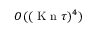
O ( ( \ensuremath { \mathrm { ~ K ~ n ~ } } \tau ) ^ { 4 } )